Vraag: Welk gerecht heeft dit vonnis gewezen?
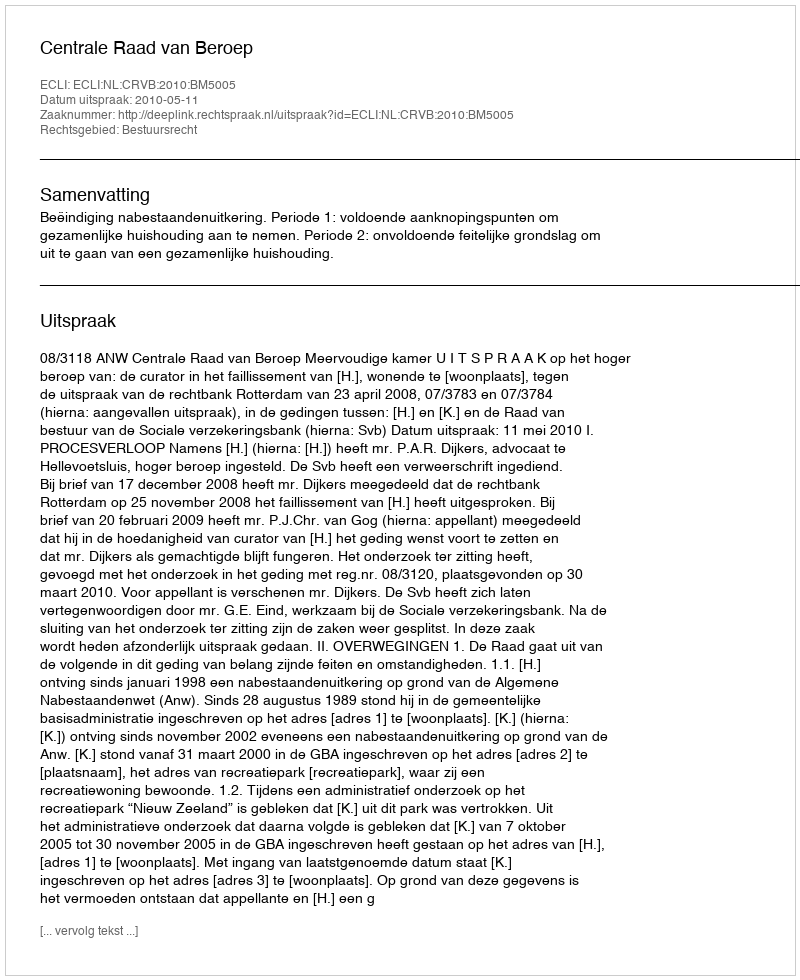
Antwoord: Centrale Raad van Beroep